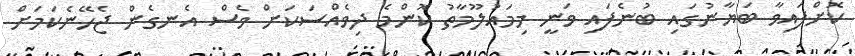
ކޮށްފައިވާ ބަޔާނުގައި ބުނެފައި ވަނީ މިމައުލޫމާތު ކޮންމެ ދިވެއްސަކަށް ވެސް އެނގެން ޖެހޭނެކަމަށް